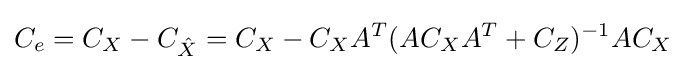
C_{e}=C_{X}-C_{\hat {X}}=C_{X}-C_{X}A^{T}(AC_{X}A^{T}+C_{Z})^{-1}AC_{X}